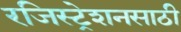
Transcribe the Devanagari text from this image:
रजिस्ट्रेशनसाठी